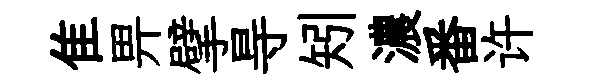
隹畀擘㝵矧濃番许